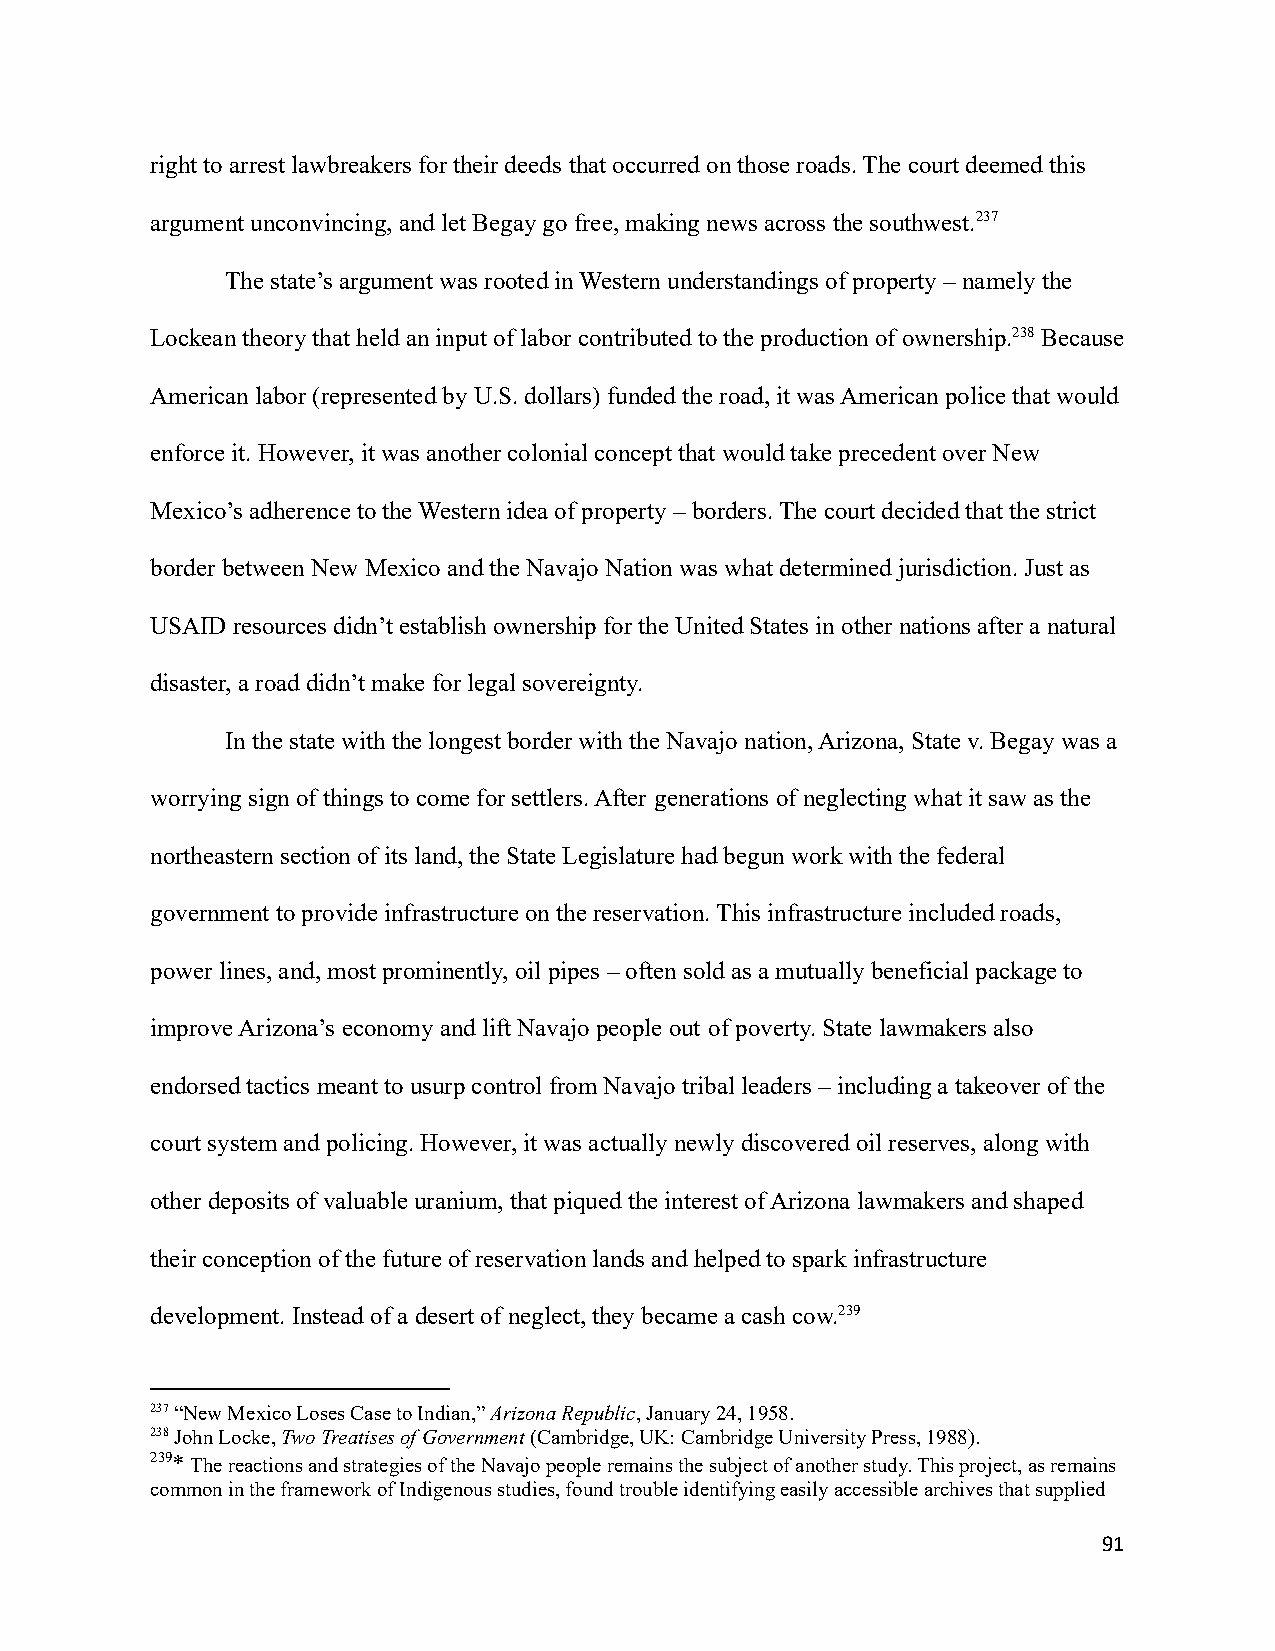
right to arrest lawbreakers for their deeds that occurred on those roads. The court deemed this
 argument unconvincing, and let Begay go free, makingnews across the southwest.237
 The state’s argument was rooted in Western understandings of property – namely the
 Lockean theory that held an input of labor contributedto the production of ownership.238Because
 American labor (represented by U.S. dollars) fundedthe road, it was American police that would
 enforce it. However, it was another colonial conceptthat would take precedent over New
 Mexico’s adherence to the Western idea of property – borders. The court decided that the strict
 border between New Mexico and the Navajo Nation waswhat determined jurisdiction. Just as
 USAID resources didn’t establish ownership for theUnited States in other nations after a natural
 disaster, a road didn’t make for legal sovereignty.
 In the state with the longest border with the Navajonation, Arizona, State v. Begay was a
 worrying sign of things to come for settlers. After generations of neglecting what it saw as the
 northeastern section of its land, the State Legislaturehad begun work with the federal
 government to provide infrastructure on the reservation.This infrastructure included roads,
 power lines, and, most prominently, oil pipes – oftensold as a mutually beneficial package to
 improve Arizona’s economy and lift Navajo people out of poverty. State lawmakers also
 endorsed tactics meant to usurp control from Navajotribal leaders – including a takeover of the
 court system and policing. However, it was actuallynewly discovered oil reserves, along with
 other deposits of valuable uranium, that piqued theinterest of Arizona lawmakers and shaped
 their conception of the future of reservation landsand helped to spark infrastructure
 development. Instead of a desert of neglect, theybecame a cash cow.239
 237“New Mexico Loses Case to Indian,”Arizona Republic,January 24, 1958.
 238John Locke,Two Treatises of Government(Cambridge,UK: Cambridge University Press, 1988).
 239*The reactions and strategies of the Navajo peopleremains the subject of another study. This project,as remains
 common in the framework of Indigenous studies, foundtrouble identifying easily accessible archives thatsupplied
 91